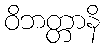
ဝိဘတ္တာနိ